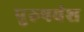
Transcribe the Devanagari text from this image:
पुरुषवंश